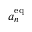
a _ { n } ^ { \mathrm { e q } }